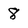
Character: 8